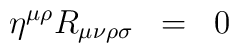
\eta^{\mu\rho} R_{\mu\nu\rho\sigma} \;\; =\;\; 0